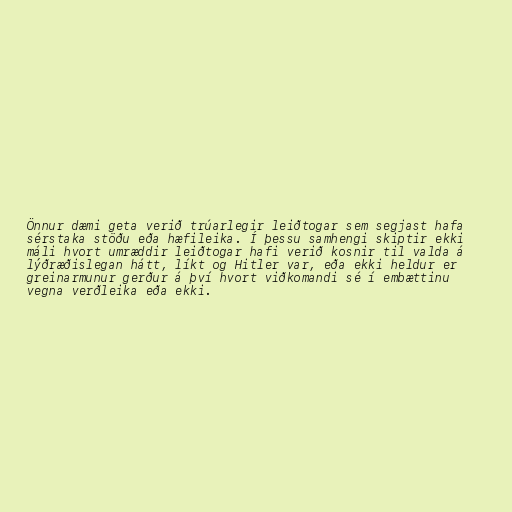
Önnur dæmi geta verið trúarlegir leiðtogar sem segjast hafa
sérstaka stöðu eða hæfileika. Í þessu samhengi skiptir ekki
máli hvort umræddir leiðtogar hafi verið kosnir til valda á
lýðræðislegan hátt, líkt og Hitler var, eða ekki heldur er
greinarmunur gerður á því hvort viðkomandi sé í embættinu
vegna verðleika eða ekki.